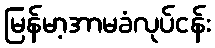
မြန်မာ့အာမခံလုပ်ငန်း